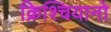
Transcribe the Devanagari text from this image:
क्रिश्चियानो